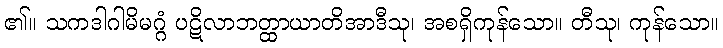
၏။ သကဒါဂါမိမဂ္ဂံ ပဋိလာဘတ္ထာယာတိအာဒီသု၊ အစရှိကုန်သော။ တီသု၊ ကုန်သော။